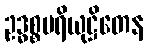
ဥဒ္ဓစ္စပရိယုဋ္ဌိတေန